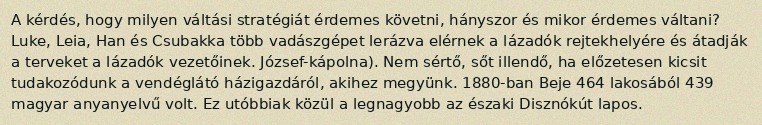
A kérdés, hogy milyen váltási stratégiát érdemes követni, hányszor és mikor érdemes váltani? Luke, Leia, Han és Csubakka több vadászgépet lerázva elérnek a lázadók rejtekhelyére és átadják a terveket a lázadók vezetőinek. József-kápolna). Nem sértő, sőt illendő, ha előzetesen kicsit tudakozódunk a vendéglátó házigazdáról, akihez megyünk. 1880-ban Beje 464 lakosából 439 magyar anyanyelvű volt. Ez utóbbiak közül a legnagyobb az északi Disznókút lapos.